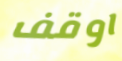
اوقف